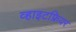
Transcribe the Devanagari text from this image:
व्हाइटफ्रियर